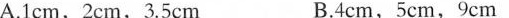
A.1 cm,2cm,3.5cm B.4cm,5cm,9cm